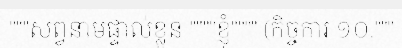
"""សព្វនាមផ្ទាល់ខ្លួន """"ខ្ញុំ"""" (កិច្ចការ ១០."""